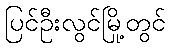
ပြင်ဦးလွင်မြို့တွင်